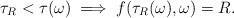
LaTeX: \begin{align*} \tau_R < \tau(\omega) \implies f(\tau_R(\omega),\omega) = R.\end{align*}